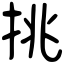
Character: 挑